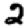
Digit: 2